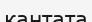
кантата